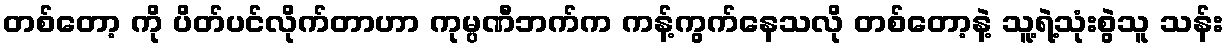
တစ်တော့ ကို ပိတ်ပင်လိုက်တာဟာ ကုမ္ပဏီဘက်က ကန့်ကွက်နေသလို တစ်တော့နဲ့ သူ့ရဲ့သုံးစွဲသူ သန်း